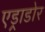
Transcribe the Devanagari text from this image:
एड्राडोर